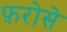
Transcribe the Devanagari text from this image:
फ़रोसे